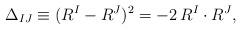
LaTeX: \begin{align*}\Delta_{IJ}\equiv (R^I-R^J)^2=-2\,R^I\cdot R^J, \end{align*}